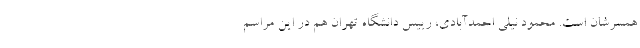
همسرشان است. محمود نیلی احمدآبادی، رییس دانشگاه تهران هم در این مراسم